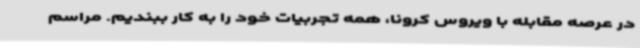
در عرصه مقابله با ویروس کرونا، همه تجربیات خود را به کار ببندیم. مراسم